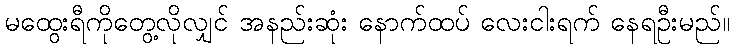
မထွေးရီကိုတွေ့လိုလျှင် အနည်းဆုံး နောက်ထပ် လေးငါးရက် နေရဦးမည်။